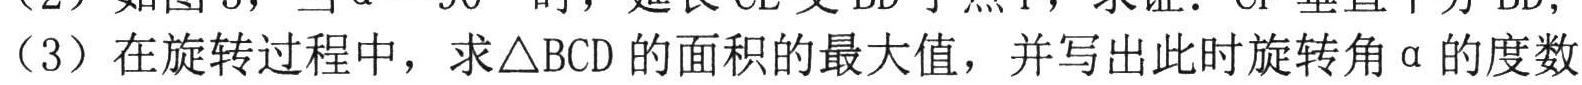
(2) 如图3，当\(\alpha = 90^{\circ}\)时，延长\(CE\)交\(BD\)于点\(F\)，求证：\(CF\)垂直平分\(BD\)；
(3) 在旋转过程中，求\(\triangle BCD\)的面积的最大值，并写出此时旋转角\(\alpha\)的度数